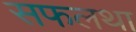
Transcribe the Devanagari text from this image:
सफलथा